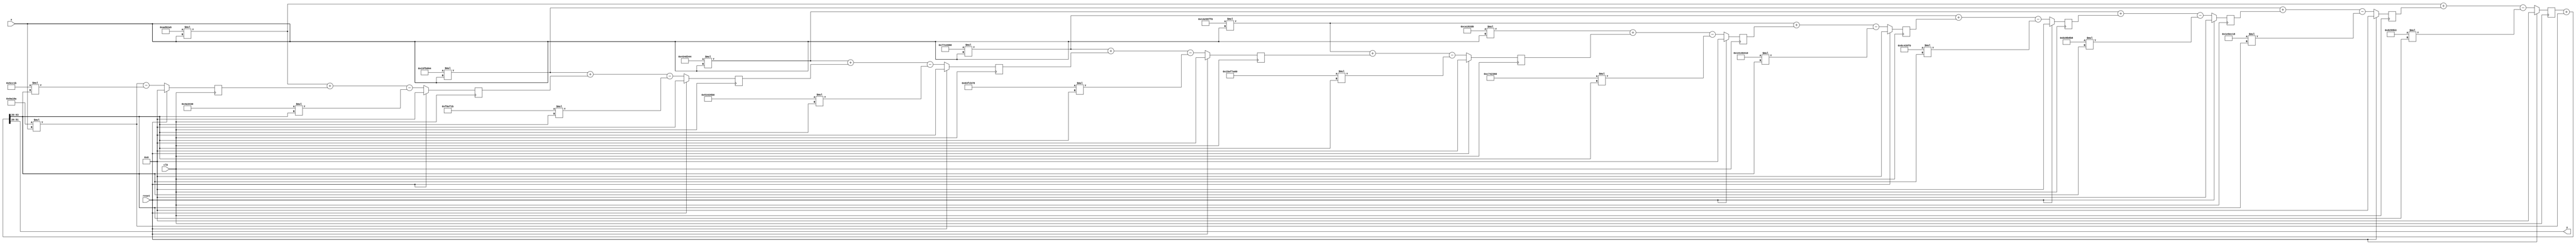
module pipelined_iir(clk, reset, x, y) ;

output wire signed [31:0] y;
input wire signed [31:0] x;

// filter coefficients
wire signed [31:0] b1, b2, b3, b4, b5, b6, b7, b8, b9, b10, b11, b12, b13,
                   a2, a3, a4, a5, a6, a7, a8, a9, a10, a11, a12, a13;
input wire clk, reset ;

// filter variables
wire signed [63:0] b1_in, b2_in, b3_in, b4_in, b5_in, b6_in, b7_in, b8_in, b9_in, b10_in, b11_in, b12_in, b13_in;
wire signed [63:0] a2_out, a3_out, a4_out, a5_out, a6_out, a7_out, a8_out, a9_out, a10_out, a11_out, a12_out, a13_out;

// history pipeline regs
reg signed [63:0] f1_n1, f1_n2, f1_n3, f1_n4, f1_n5, f1_n6, f1_n6, f1_n7, f1_n8, f1_n9, f1_n10, f1_n11, f1_n12; 
// history pipeline inputs
wire signed [63:0] f1_n1_input, f1_n2_input, f1_n3_input, f1_n4_input, f1_n5_input, f1_n6_input, f1_n7_input, 
                   f1_n8_input, f1_n9_input, f1_n10_input, f1_n11_input, f1_n12_input, f1_n0; 

// filter coefficients values
assign a2 = -8218189;
assign a3 = 32107544;
assign a4 = -81217352;
assign a5 = 147076592;
assign a6 = -199990256;
assign a7 = 208937824;
assign a8 = -168854944;
assign a9 = 104844152;
assign a10 = -48879952;
assign a11 = 16314139;
assign a12 = -3525584;
assign a13 = 379931;

assign b1 = 631178;
assign b2 = -5401947;
assign b3 = 23050644;
assign b4 = -63646908;
assign b5 = 125716872;
assign b6 = -186294288;
assign b7 = 211911376;
assign b8 = -186294288;
assign b9 = 125716872;
assign b10 = -63646908;
assign b11 = 23050644;
assign b12 = -5401947;
assign b13 = 631178;

// update filter variables
assign b1_in = b1*x;
assign b2_in = b2*x;
assign b3_in = b3*x;
assign b4_in = b4*x;
assign b5_in = b5*x;
assign b6_in = b6*x;
assign b7_in = b7*x;
assign b8_in = b8*x;
assign b9_in = b9*x;
assign b10_in = b10*x;
assign b11_in = b11*x;
assign b12_in = b12*x;
assign b13_in = b13*x;

assign a2_out = a2*f1_n0;
assign a3_out = a3*f1_n0;
assign a4_out = a4*f1_n0;
assign a5_out = a5*f1_n0;
assign a6_out = a6*f1_n0;
assign a7_out = a7*f1_n0;
assign a8_out = a8*f1_n0;
assign a9_out = a9*f1_n0;
assign a10_out = a10*f1_n0;
assign a11_out = a11*f1_n0;
assign a12_out = a12*f1_n0;
assign a13_out = a13*f1_n0;

// add operations
assign f1_n1_input = b2_in + f1_n2 - a2_out;
assign f1_n2_input = b3_in + f1_n3 - a3_out;
assign f1_n3_input = b4_in + f1_n4 - a4_out;
assign f1_n4_input = b5_in + f1_n5 - a5_out;
assign f1_n5_input = b6_in + f1_n6 - a6_out;
assign f1_n6_input = b7_in + f1_n7 - a7_out;
assign f1_n7_input = b8_in + f1_n8 - a8_out;
assign f1_n8_input = b9_in + f1_n9 - a9_out;
assign f1_n9_input = b10_in + f1_n10 - a10_out;
assign f1_n10_input = b11_in + f1_n11 - a11_out;
assign f1_n11_input = b12_in + f1_n12 - a12_out;
assign f1_n12_input = b13_in - a13_out;

// scale the output and turncate for audio codec
assign f1_n0 = (f1_n1 + b1_in) >>> 20;
assign y = f1_n0;

// Run the filter state machine at audio sample rate
always @ (negedge clk) 
begin
    if (reset)
    begin
        f1_n1 <= 0;
        f1_n2 <= 0; 
        f1_n3 <= 0;
        f1_n4 <= 0;
        f1_n5 <= 0;
        f1_n6 <= 0; 
        f1_n7 <= 0;
        f1_n8 <= 0; 
        f1_n9 <= 0;
        f1_n10 <= 0;
        f1_n11 <= 0;
        f1_n12 <= 0;            
    end
    else 
    begin
        f1_n1 <= f1_n1_input;
        f1_n2 <= f1_n2_input;  
        f1_n3 <= f1_n3_input;
        f1_n4 <= f1_n4_input;
        f1_n5 <= f1_n5_input;
        f1_n6 <= f1_n6_input;      
        f1_n7 <= f1_n7_input;
        f1_n8 <= f1_n8_input;  
        f1_n9 <= f1_n9_input;
        f1_n10 <= f1_n10_input;
        f1_n11 <= f1_n11_input;
        f1_n12 <= f1_n12_input;            
    end
end 
endmodule